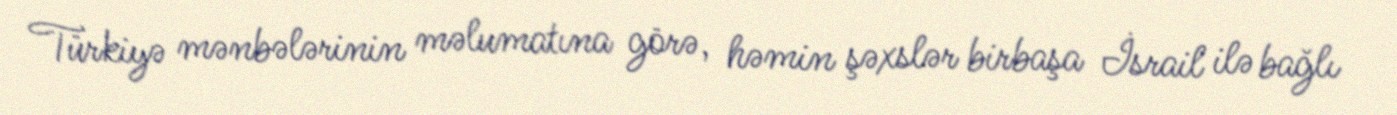
Türkiyə mənbələrinin məlumatına görə, həmin şəxslər birbaşa İsrail ilə bağlı